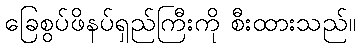
ခြေစွပ်ဖိနပ်ရှည်ကြီးကို စီးထားသည်။